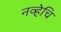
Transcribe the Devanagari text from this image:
नव्हेचि